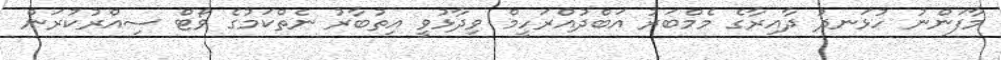
މާފަންނު ހުޅަނދު ދާއިރާގެ މެމްބަރު އަބްދުއްރަހީމް ވިދާޅުވީ އިތުބާރު ނެތްކަމުގެ ވޯޓް ސިއްރުކުރަން